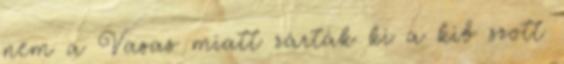
nem a Vasas miatt zárták ki a kib szott